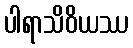
ပါရာသိဝိယဿ